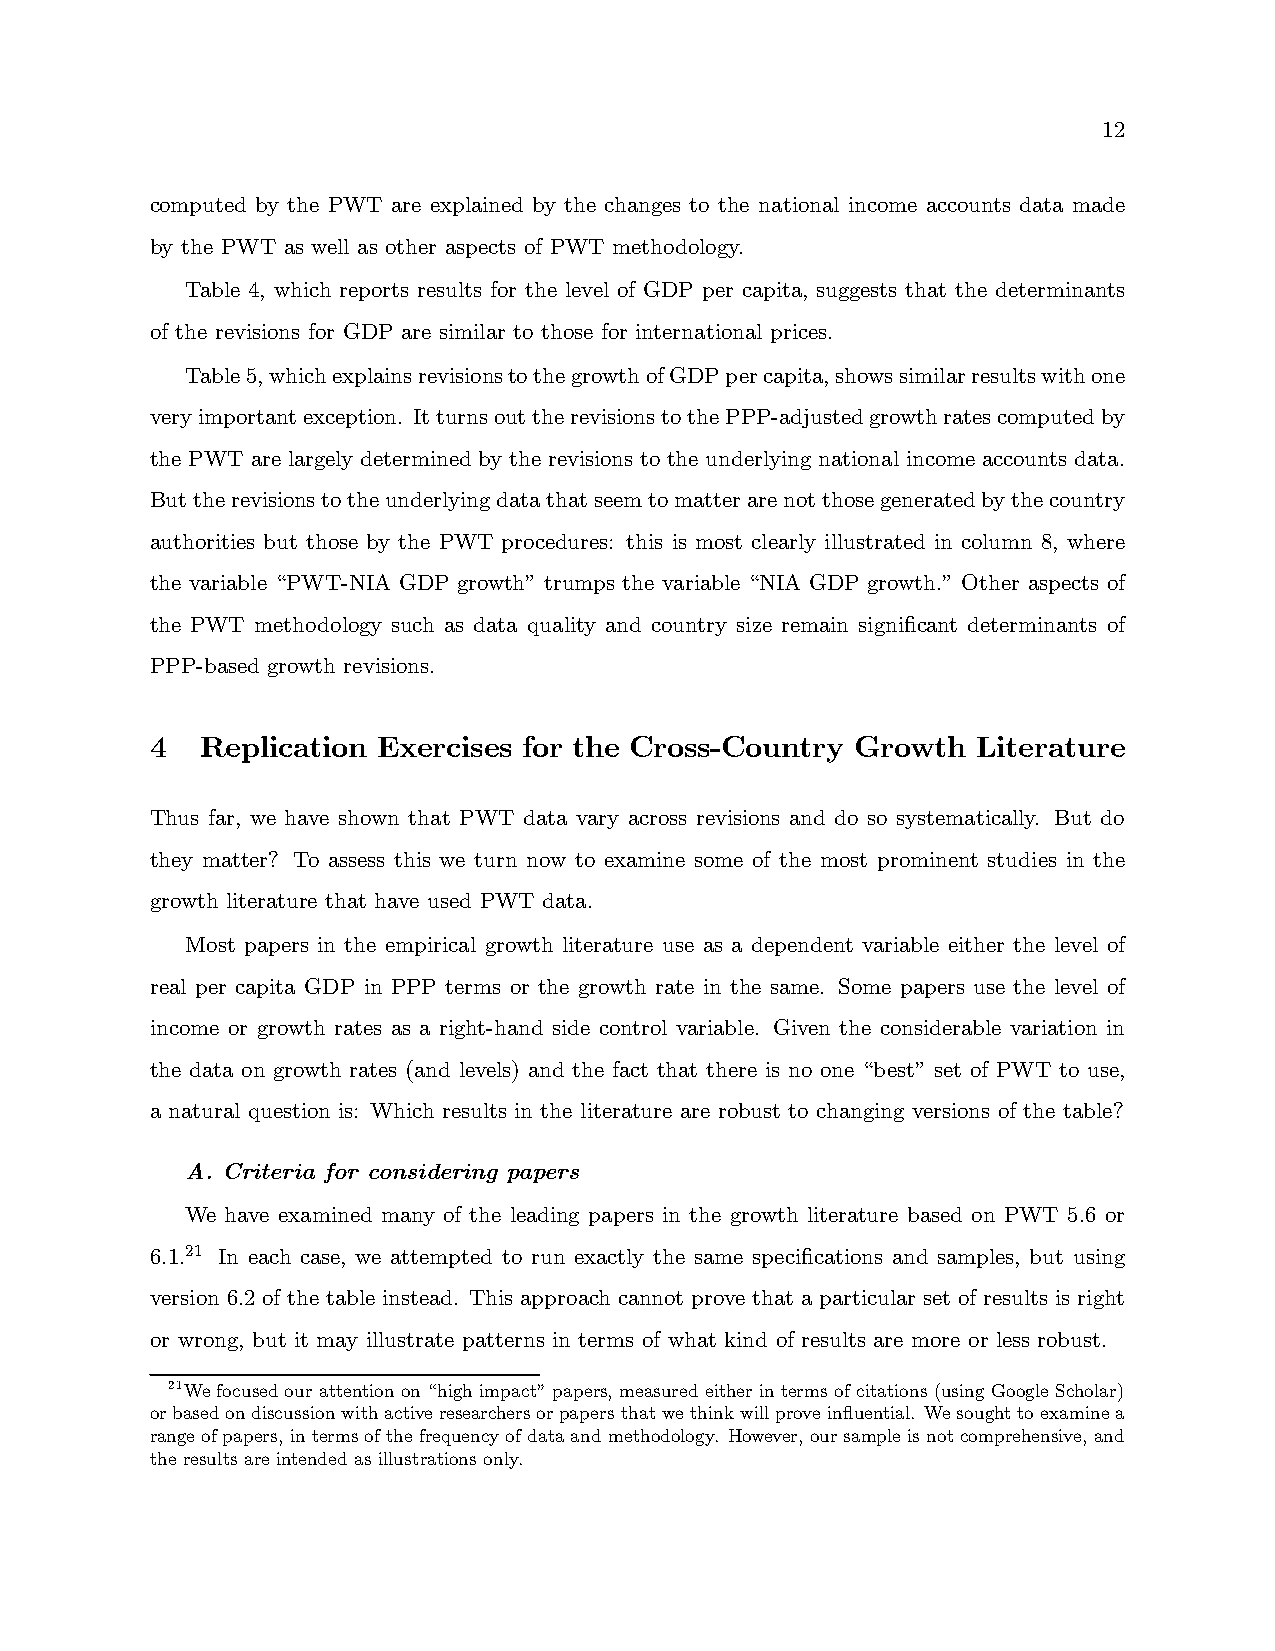
12
 computed by the PWT are explained by the changes to the national income accounts data made
 by the PWT as well as other aspects of PWT methodology.
 Table 4, which reports results for the level of GDP per capita, suggests that the determinants
 of the revisions for GDP are similar to those for international prices.
 Table5,whichexplainsrevisionstothegrowthofGDPpercapita,showssimilarresultswithone
 veryimportantexception. ItturnsouttherevisionstothePPP-adjustedgrowthratescomputedby
 the PWT are largely determined by the revisions to the underlying national income accounts data.
 Buttherevisionstotheunderlyingdatathatseemtomatterarenotthosegeneratedbythecountry
 authorities but those by the PWT procedures: this is most clearly illustrated in column 8, where
 the variable “PWT-NIA GDP growth” trumps the variable “NIA GDP growth.” Other aspects of
 the PWT methodology such as data quality and country size remain significant determinants of
 PPP-based growth revisions.
 4  Replication Exercises for the Cross-Country Growth  Literature
 Thus far, we have shown that PWT data vary across revisions and do so systematically. But do
 they matter? To assess this we turn now to examine some of the most prominent studies in the
 growth literature that have used PWT data.
 Most papers in the empirical growth literature use as a dependent variable either the level of
 real per capita GDP in PPP terms or the growth rate in the same. Some papers use the level of
 income or growth rates as a right-hand side control variable. Given the considerable variation in
 the data on growth rates (and levels) and the fact that there is no one “best” set of PWT to use,
 a natural question is: Which results in the literature are robust to changing versions of the table?
 A. Criteria for considering papers
 We have examined many of the leading papers in the growth literature based on PWT 5.6 or
 6.1.21 In each case, we attempted to run exactly the same specifications and samples, but using
 version 6.2 of the table instead. This approach cannot prove that a particular set of results is right
 or wrong, but it may illustrate patterns in terms of what kind of results are more or less robust.
 21We focused ourattention on “high impact” papers, measured eitherin terms ofcitations (using GoogleScholar)
 orbasedondiscussionwithactiveresearchersorpapersthatwethinkwillproveinfluential. Wesoughttoexaminea
 rangeofpapers, in termsofthefrequency ofdataand methodology. However, oursampleis notcomprehensive, and
 the results are intended as illustrations only.